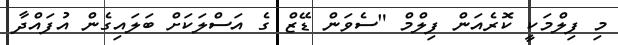
މި ފިލްމަކީ ކޮރެއަން ފިލްމް "ސެވަން ޑޭޒް ގެ އަސްލަކަށް ބަލައިގެން އުފައްދާ